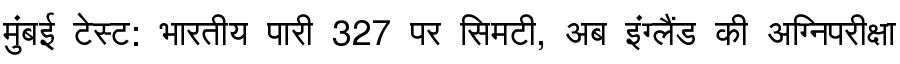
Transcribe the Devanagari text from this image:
मुंबई टेस्ट: भारतीय पारी 327 पर सिमटी, अब इंग्लैंड की अग्निपरीक्षा